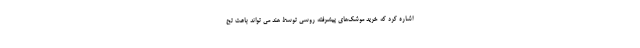
اشاره کرد که خرید موشک‌های پیشرفته روسی توسط هند می تواند باعث تح